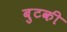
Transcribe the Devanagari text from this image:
बुटकी